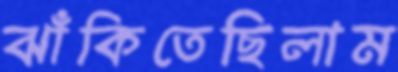
ঝাঁকিতেছিলাম